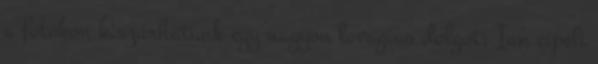
a fotókon kiszúrhatunk egy nagyon lovagias dolgot: Ian cipeli